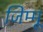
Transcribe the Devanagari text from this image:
जिम्मू